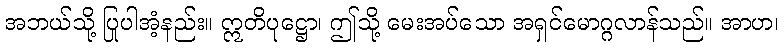
အဘယ်သို့ ပြုပါအံ့နည်း။ ဣတိပုဋ္ဌော၊ ဤသို့ မေးအပ်သော အရှင်မောဂ္ဂလာန်သည်။ အာဟ၊